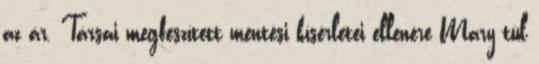
az ár. Társai megfeszített mentési kísérletei ellenére Mary túl